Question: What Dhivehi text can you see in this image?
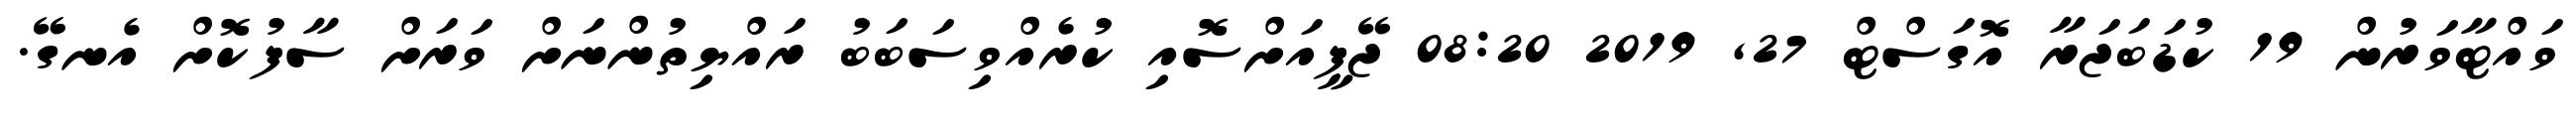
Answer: ވައްޓާވަރުން 19 ކުޑަބަޖަރާ އޮގަސްޓް 27, 2019 08:20 ޖޭޕީއަށްސޮއި ކުރެއްވިސަބަބު ރައްޔިތުންނަށް ވަރަށް ސާފުކޮށް އެނގޭ.